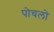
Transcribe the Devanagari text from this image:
पोचलो